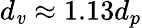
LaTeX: d_{\mathit{v}}\approx1.13d_{p}